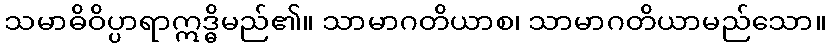
သမာဓိဝိပ္ပာရာဣဒ္ဓိမည်၏။ သာမာဂတိယာစ၊ သာမာဂတိယာမည်သော။